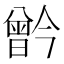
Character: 𪱗